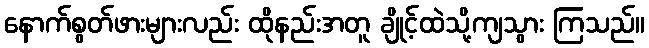
နောက်စွတ်ဖားများလည်း ထိုနည်းအတူ ချိုင့်ထဲသို့ကျသွား ကြသည်။